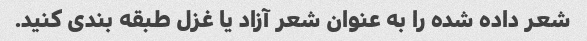
شعر داده شده را به عنوان شعر آزاد یا غزل طبقه بندی کنید.